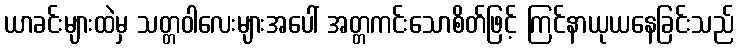
ယာခင်းများထဲမှ သတ္တဝါလေးများအပေါ် အတ္တကင်းသောစိတ်ဖြင့် ကြင်နာယုယနေခြင်းသည်